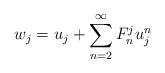
LaTeX: \begin{align*}w_j=u_j+\sum_{n=2}^\infty F^j_nu_j^n\end{align*}